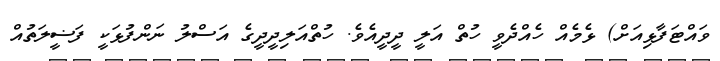
ވައްޓަފާޅިއަށް) ޅެމެއް ހެއްދެވީ ހުތް އަލީ ދީދީއެވެ. ހުތްއަލިދީދީގެ އަސްލު ނަންފުޅަކީ ފަޟީލަތުއް